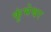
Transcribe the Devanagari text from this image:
कुंभेश्वर